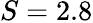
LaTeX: S=2.8